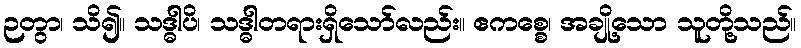
ဉတွာ၊ သိ၍။ သဒ္ဓါပိ၊ သဒ္ဓါတရားရှိသော်လည်း။ ဧကစ္စေ၊ အချို့သော သူတို့သည်။